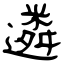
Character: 遴